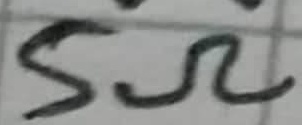
Text: 5Ω